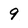
Character: 9